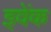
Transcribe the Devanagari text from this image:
इवेंक